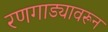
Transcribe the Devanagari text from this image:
रणगाड्यावरून